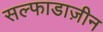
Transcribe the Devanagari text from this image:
सल्फाडाज़ीन